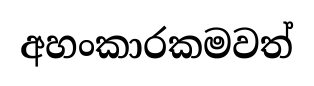
අහංකාරකමවත්